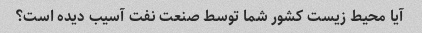
آیا محیط زیست کشور شما توسط صنعت نفت آسیب دیده است؟